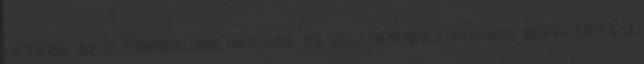
létezik az a „magasabb hozamú, de kellően biztonságos befektetési